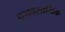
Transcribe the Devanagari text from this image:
वयवसायिक